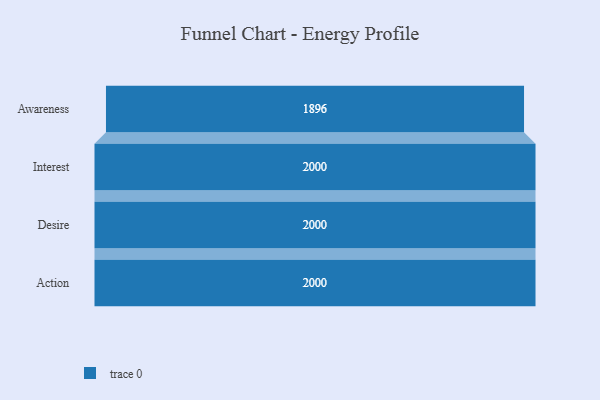
{"axis": {"x": "Stage", "y": "Value"}, "legend": [""], "data": [{"x": "Awareness", "y": 1896.0, "type": ""}, {"x": "Interest", "y": 2000, "type": ""}, {"x": "Desire", "y": 2000, "type": ""}, {"x": "Action", "y": 2000, "type": ""}]}